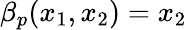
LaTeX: \beta_{p}(x_{1},x_{2})=x_{2}